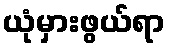
ယုံမှားဖွယ်ရာ